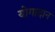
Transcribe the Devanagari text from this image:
योगादान